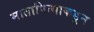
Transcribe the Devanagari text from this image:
मातापित्याकडून